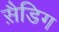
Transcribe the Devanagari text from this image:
स़ैडिग